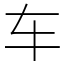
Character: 车